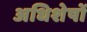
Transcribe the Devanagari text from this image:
अधिशेषों